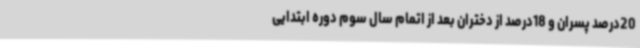
20‌درصد پسران و 18‌درصد از دختران بعد از اتمام ‌سال سوم دوره ابتدایی